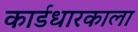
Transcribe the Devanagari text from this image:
कार्डधारकाला